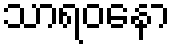
သာရဝနော